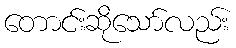
တောင်းဆိုသော်လည်း